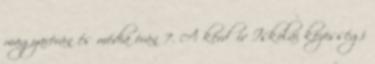
magyarórán és média órán 7. A kérdőív Iskolai közösségi